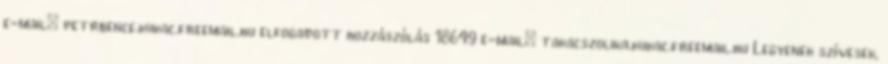
e-mail: petrbence.kukac.freemail.hu elfogadott hozzászólás 18649 e-mail: takacszolika.kukac.freemail.hu Legyenek szívesek,